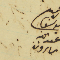
يوسف عبدالله مارون